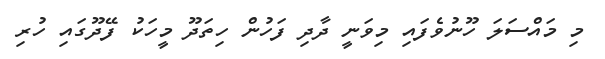
މި މައްސަލަ ހޫނުވެފައި މިވަނީ ދާދި ފަހުން ހިތަދޫ މީހަކު ފޭދޫގައި ހުރި